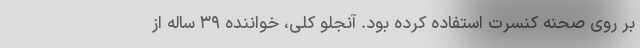
بر روی صحنه کنسرت استفاده کرده بود. آنجلو کلی، خواننده ۳۹ ساله از